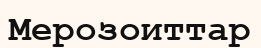
Мерозоиттар